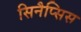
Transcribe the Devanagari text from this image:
सिनैप्सिस